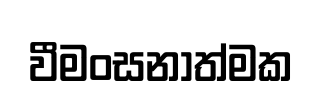
වීමංසනාත්මක